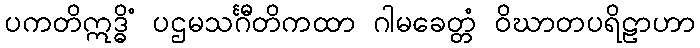
ပကတိဣဒ္ဓိံ ပဌမသင်္ဂီတိကထာ ဂါမခေတ္တံ ဝိဃာတပရိဠာဟာ